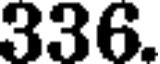
336.